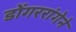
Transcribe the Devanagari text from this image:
डोंगररांगेने